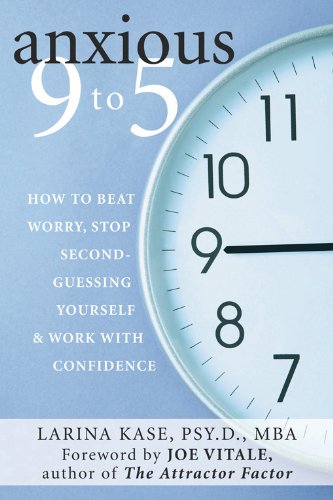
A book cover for Anxious 9 to 5: How to Beat Worry, Stop Second-Guessing Yourself, and Work with Confidence; Larina Kase PsyD  MBA; Health, Fitness & Dieting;